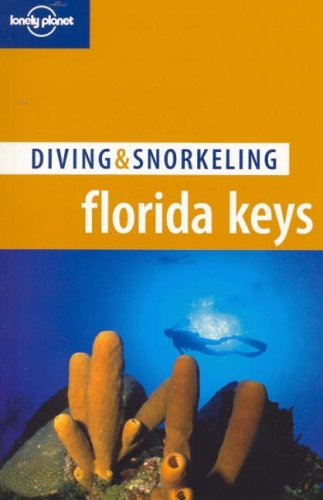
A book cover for Lonely Planet Diving & Snorkeling Florida Keys (Lonely Planet); William Harrigan; Travel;